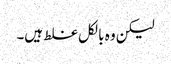
لیکن وہ بالکل غلط ہیں۔